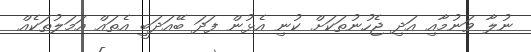
ނުލާ ވަނުމާއި އަދި ޖެހުނުތަކަށް ކުނި އެޅުން ފަދަ ބޭއަދަބީ އެތައް އަމަލުތަކެއް